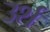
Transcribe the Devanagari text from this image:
उर्श